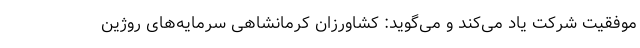
موفقیت شرکت یاد می‌کند و می‌گوید: کشاورزان کرمانشاهی سرمایه‌های روژین